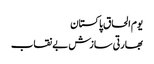
یوم الحاق پاکستان
بھارتی سازش بے نقاب